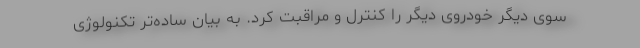
سوی دیگر خودروی دیگر را کنترل و مراقبت کرد. به بیان ساده‌تر تکنولوژی